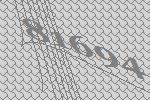
81694